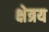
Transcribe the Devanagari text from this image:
क्षेत्रय